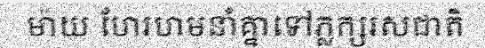
ម៉ាយ ហែរហមនាំគ្នាទៅភ្លក្សរសជាតិ